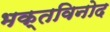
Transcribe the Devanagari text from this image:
भक्तविनोद